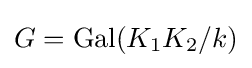
G=\operatorname {Gal} (K_{1}K_{2}/k)